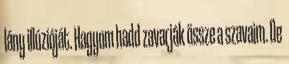
lány illúzióját. Hagyom hadd zavarják össze a szavaim. De